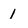
Character: 1